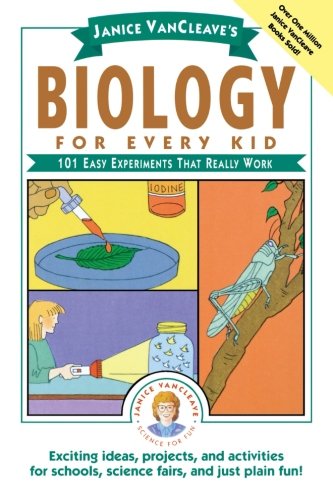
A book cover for Janice VanCleave's Biology For Every Kid: 101 Easy Experiments That Really Work; Janice VanCleave; Children's Books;